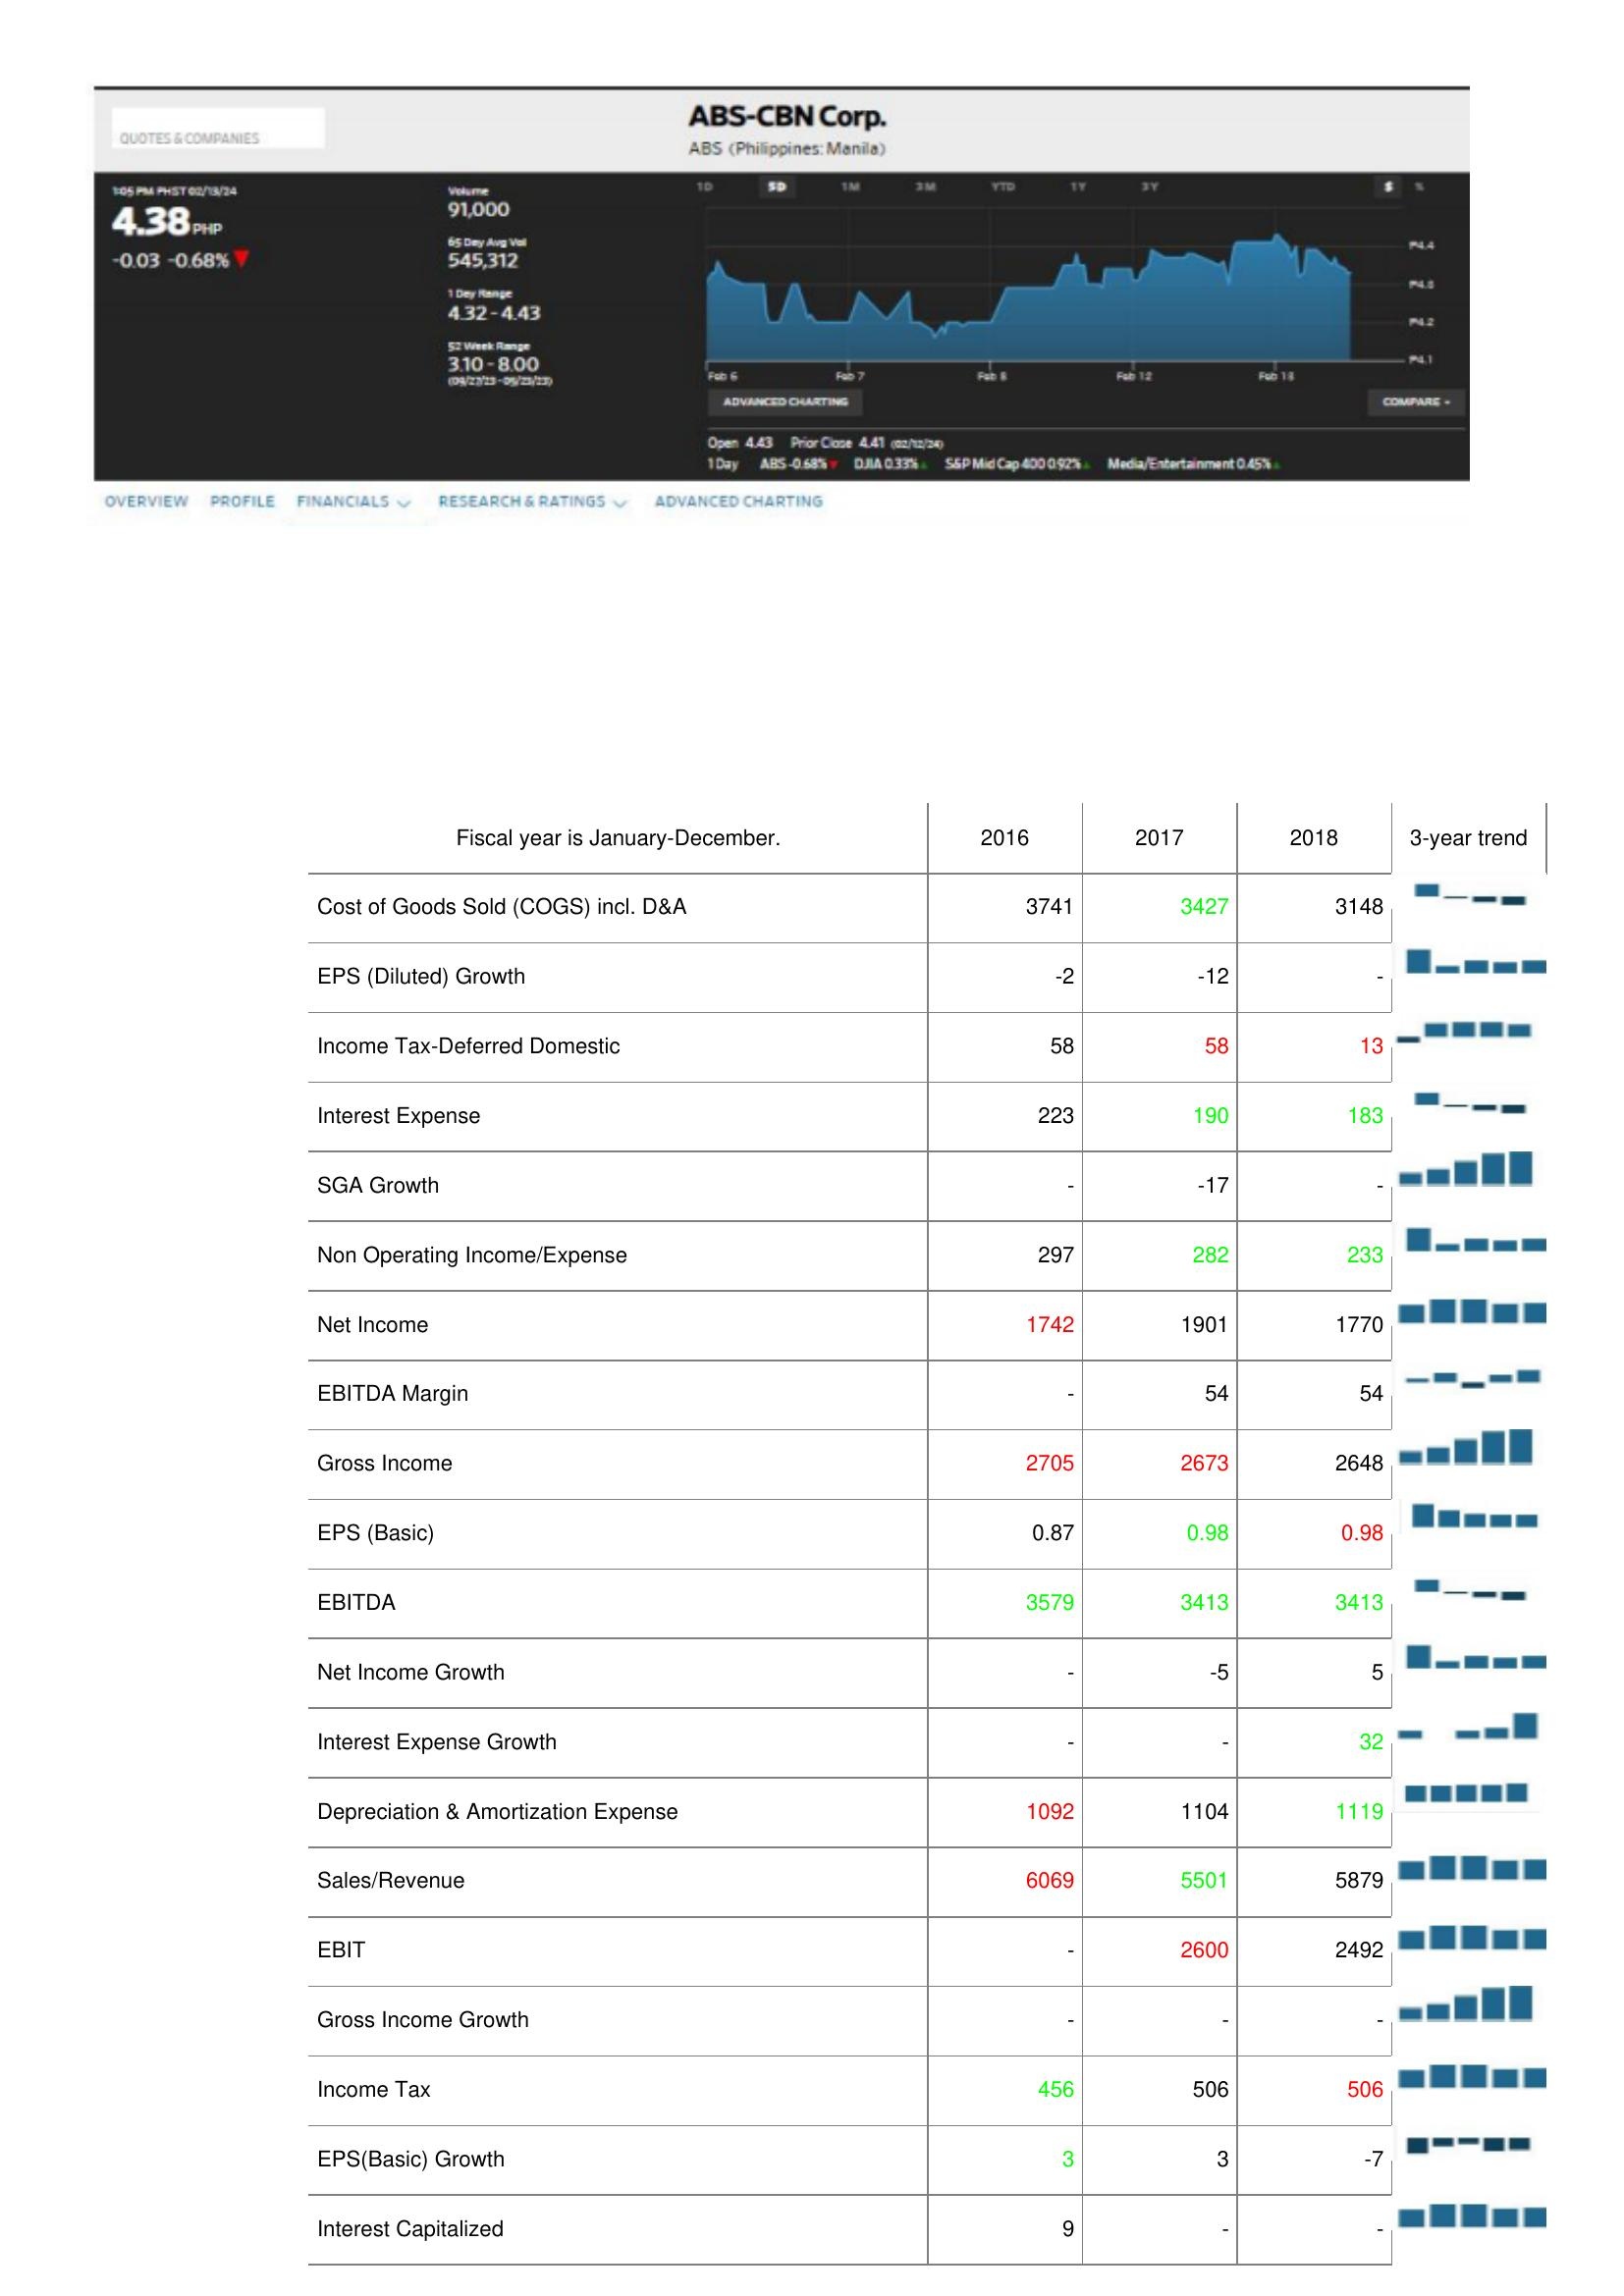
2016: : Cost of Goods Sold (COGS) incl. D&A: 3741
EPS (Diluted) Growth: -2
Income Tax-Deferred Domestic: 58
Interest Expense: 223
SGA Growth: -
Non Operating Income/Expense: 297
Net Income: 1742
EBITDA Margin: -
Gross Income: 2705
EPS (Basic): 0.87
EBITDA: 3579
Net Income Growth: -
Interest Expense Growth: -
Depreciation & Amortization Expense: 1092
Sales/Revenue: 6069
EBIT: -
Gross Income Growth: -
Income Tax: 456
EPS(Basic) Growth: 3
Interest Capitalized: 9
2017: : Cost of Goods Sold (COGS) incl. D&A: 3427
EPS (Diluted) Growth: -12
Income Tax-Deferred Domestic: 58
Interest Expense: 190
SGA Growth: -17
Non Operating Income/Expense: 282
Net Income: 1901
EBITDA Margin: 54
Gross Income: 2673
EPS (Basic): 0.98
EBITDA: 3413
Net Income Growth: -5
Interest Expense Growth: -
Depreciation & Amortization Expense: 1104
Sales/Revenue: 5501
EBIT: 2600
Gross Income Growth: -
Income Tax: 506
EPS(Basic) Growth: 3
Interest Capitalized: -
2018: : Cost of Goods Sold (COGS) incl. D&A: 3148
EPS (Diluted) Growth: -
Income Tax-Deferred Domestic: 13
Interest Expense: 183
SGA Growth: -
Non Operating Income/Expense: 233
Net Income: 1770
EBITDA Margin: 54
Gross Income: 2648
EPS (Basic): 0.98
EBITDA: 3413
Net Income Growth: 5
Interest Expense Growth: 32
Depreciation & Amortization Expense: 1119
Sales/Revenue: 5879
EBIT: 2492
Gross Income Growth: -
Income Tax: 506
EPS(Basic) Growth: -7
Interest Capitalized: -